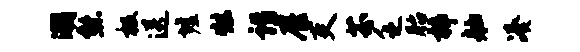
潮熊极送墟炫诣雇吏芬乏胎梓舳凑